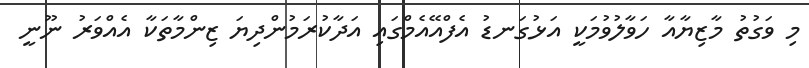
މި ވަގުތު މާޒިޔާއާ ހަވާލުވުމަކީ އަޅުގަނޑު އެފްއޭއެމްގައި އަދާކުރަމުންދިޔަ ޒިންމާތަކާ އެއްވަރު ނޫނީ